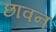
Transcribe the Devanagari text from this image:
छावन